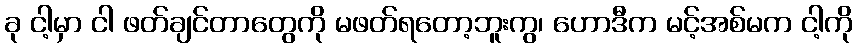
ခု ငါ့မှာ ငါ ဖတ်ချင်တာတွေကို မဖတ်ရတော့ဘူးကွ၊ ဟောဒီက မင့်အစ်မက ငါ့ကို